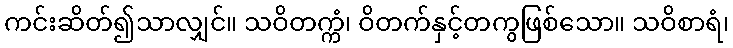
ကင်းဆိတ်၍သာလျှင်။ သဝိတက္ကံ၊ ဝိတက်နှင့်တကွဖြစ်သော။ သဝိစာရံ၊